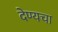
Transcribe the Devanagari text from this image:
देण्यचा